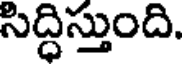
సిద్ధిస్తుంది.